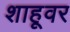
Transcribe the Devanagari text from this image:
शाहूवर